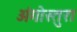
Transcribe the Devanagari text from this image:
अंगोस्तुरा